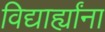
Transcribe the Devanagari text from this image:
विद्यार्ह्यांना